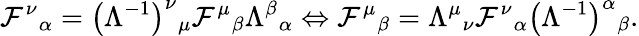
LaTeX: \mathcal{F}^{\nu}{}_{\alpha}=\left(\Lambda^{-1}\right)^{\nu}{}_{\mu}\mathcal{F}^{\mu}{}_{\beta}\Lambda^{\beta}{}_{\alpha}\Leftrightarrow\mathcal{F}^{\mu}{}_{\beta}=\Lambda^{\mu}{}_{\nu}\mathcal{F}^{\nu}{}_{\alpha}\left(\Lambda^{-1}\right)^{\alpha}{}_{\beta}.